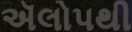
ઍલોપથી